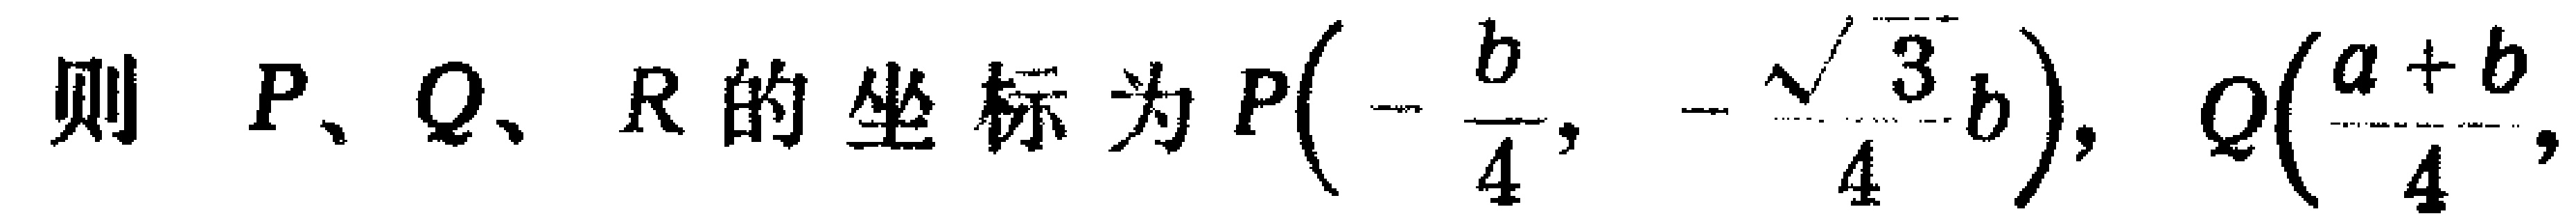
则 \(P、Q、R\) 的坐标为\(P\left(-\frac{b}{4},-\frac{\sqrt{3}b}{4}\right),Q\left(\frac{a + b}{4},\right.\)